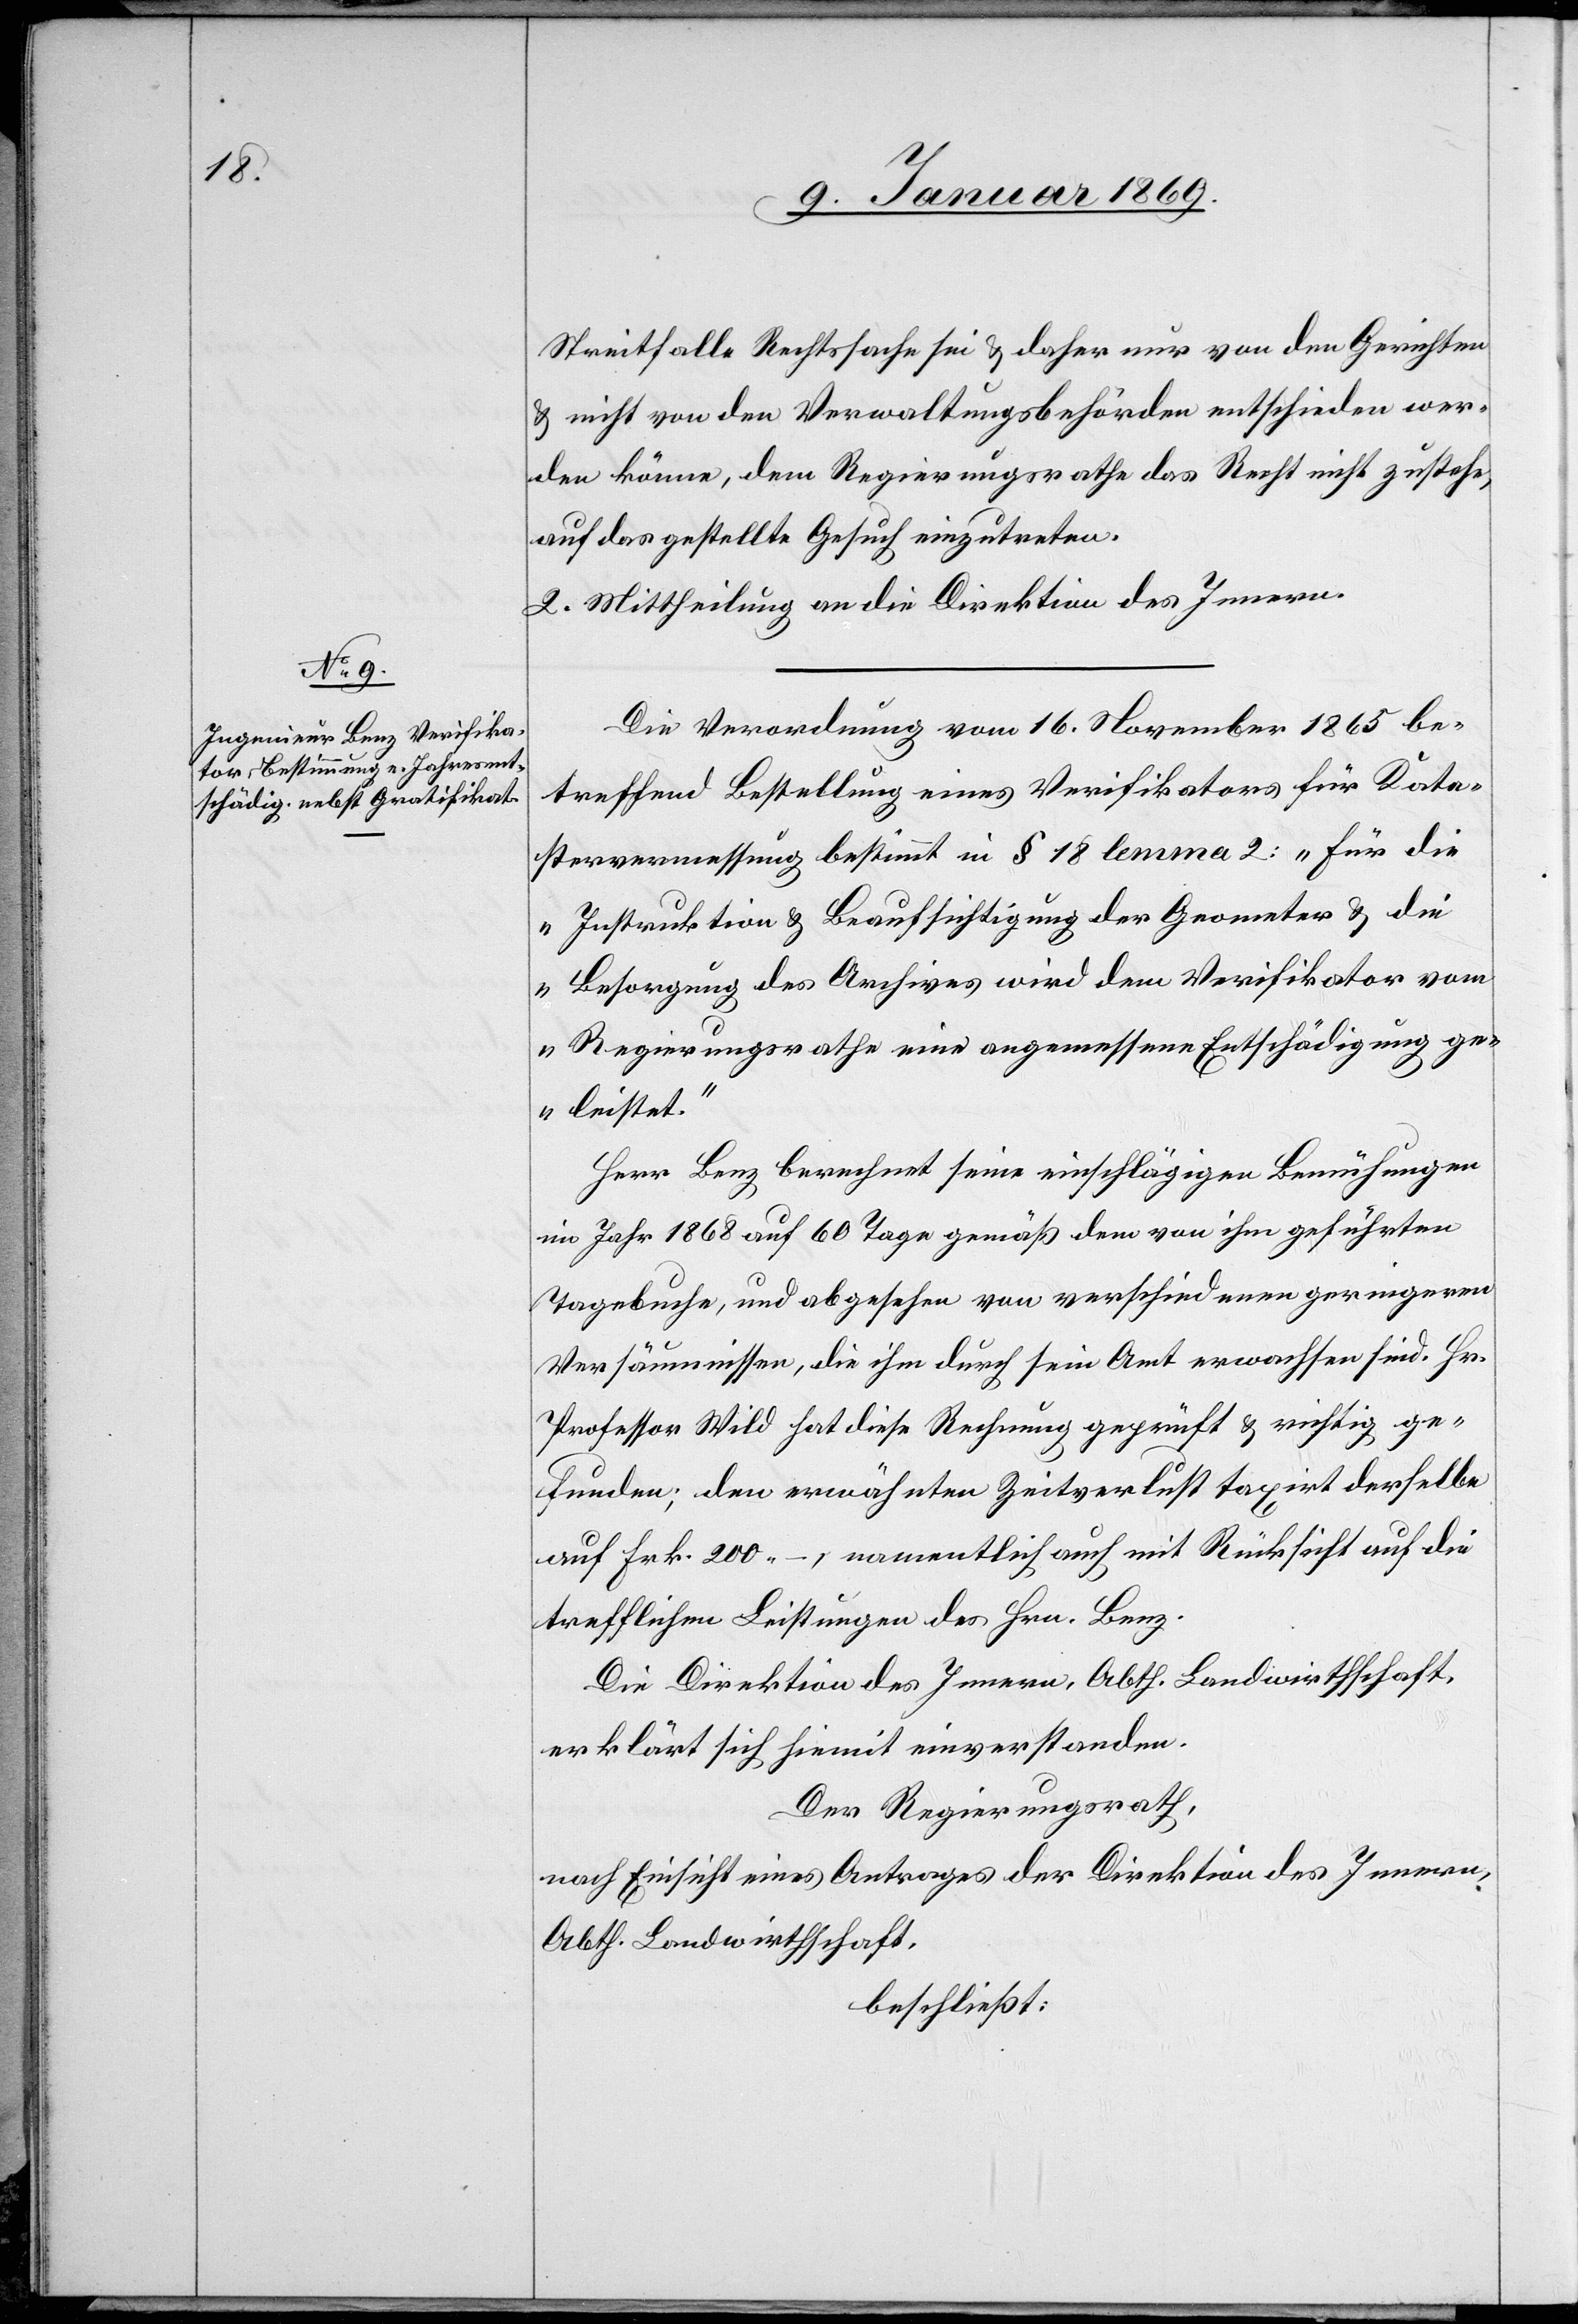
Streitfalle Rechtssache sei & daher nur von den Gerichten
& nicht von den Verwaltungsbehörden entschieden wer¬
den könne, dem Regierungsrathe das Recht nicht zustehe,
auf das gestellte Gesuch einzutreten.
2. Mittheilung an die Direktion des Innern.
Die Verordnung vom 16. November 1865 be¬
treffend Bestellung eines Verifikators für Kata¬
stervermessung bestimmt in § 18 lemma 2: „Für die
Instruktion & Beaufsichtigung der Geometer & die
Besorgung des Archives wird dem Verifikator vom
Regierungsrathe eine angemessene Entschädigung ge¬
leistet.“
Herr Benz berechnet seine einschlägigen Bemühungen
im Jahr 1868 auf 60 Tage gemäß dem von ihm geführten
Tagebuche, und abgesehen von verschiedenen geringeren
Versäumnissen, die ihm durch sein Amt erwachsen sind. Hr.
Professor Wild hat diese Rechnung geprüft & richtig ge¬
funden; den erwähnten Zeitverlust taxirt derselbe
auf Frk. 200.–, namentlich auch mit Rücksicht auf die
trefflichen Leistungen des Hrn. Benz.
Die Direktion des Innern, Abth. Landwirthschaft,
erklärt sich hiemit einverstanden.
Der Regierungsrath,
nach Einsicht eines Antrages der Direktion des Innern,
Abth. Landwirthschaft,
beschließt: